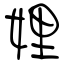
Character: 娌